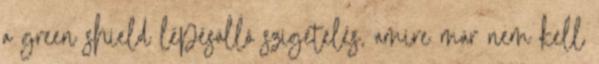
a green shield lépésálló szigetelés, amire már nem kell